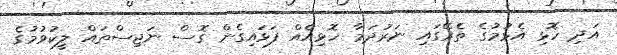
އަދި ހޮޅި އެޅުމުގެ ތެރޭގައި ނަރުދަމާ ހޮޅިއެއް ފަޅައިގެން ގޮސް ނަޖިސްތައް ލީކުވުމުގެ